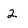
Character: 2